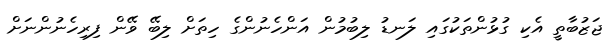
ޖަޒުބާތީ އެކި ގުޅުންތަކުގައި ލަނޑު ލިބުމުން އަންހެނުންގެ ހިތަށް ލިބޭ ވޭން ފިރިހެނުންނަށް